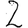
Digit: 2